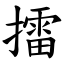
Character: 擂